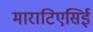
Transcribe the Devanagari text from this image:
माराटिएसिई